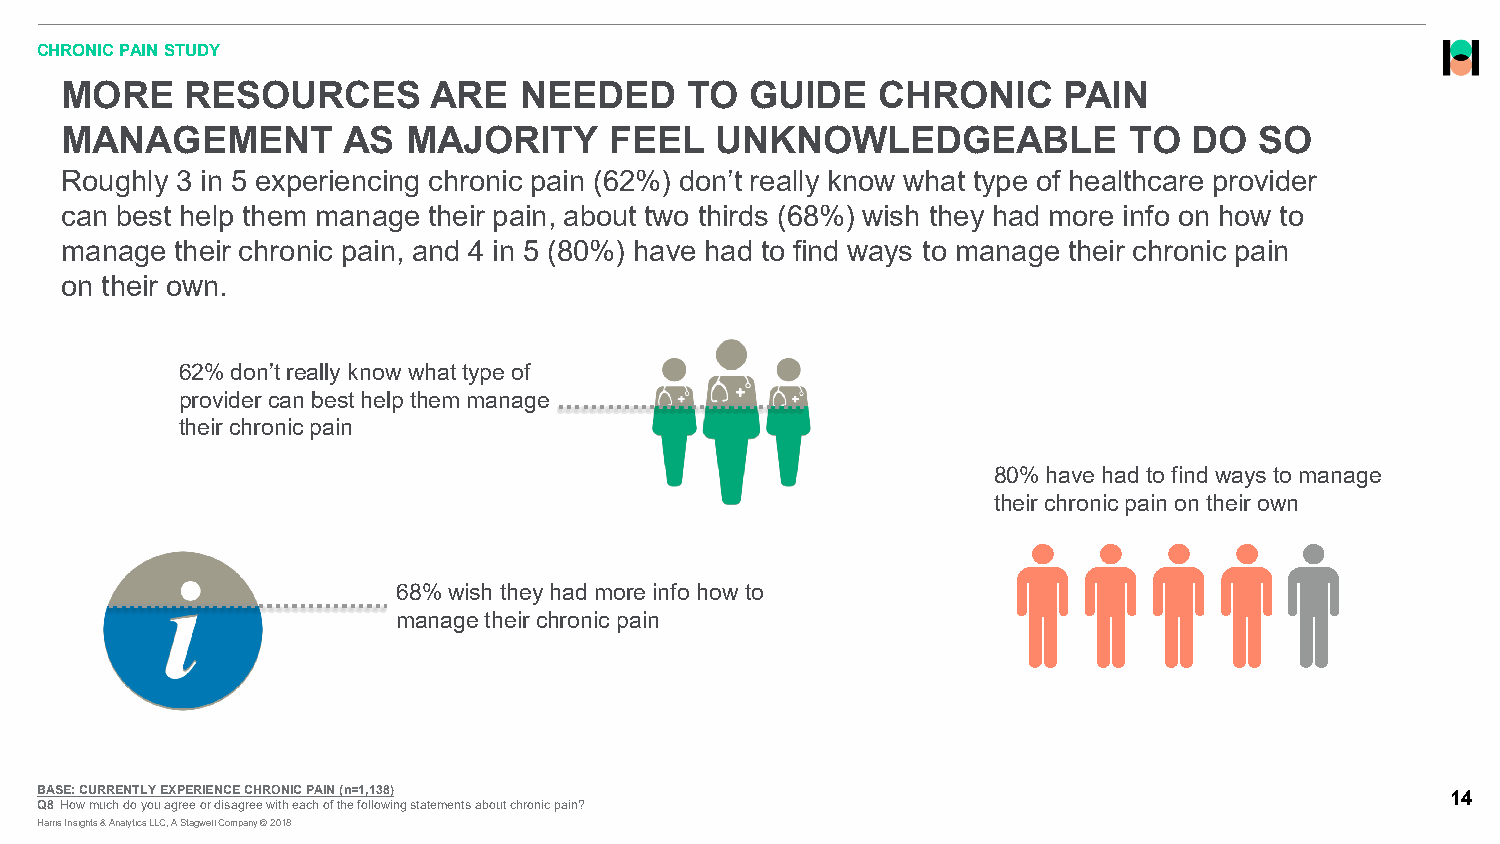
CHRONIC PAIN STUDY
 MORE    RESOURCES        ARE  NEEDED     TO   GUIDE   CHRONIC     PAIN
 MANAGEMENT         AS  MAJORITY     FEEL   UNKNOWLEDGEABLE             TO  DO  SO
 Roughly 3 in 5 experiencing chronic pain (62%) don’t really know what type of healthcare provider
 can best help them manage their pain, about two thirds (68%) wish they had more info on how to
 manage  their chronic pain, and 4 in 5 (80%) have had to find ways to manage their chronic pain
 on their own.
 62% don’t really know what type of
 provider can best help them manage
 their chronic pain
 80% have had to find ways to manage
 their chronic pain on their own
 68% wish they had more info how to
 manage their chronic pain
 BASE: CURRENTLY EXPERIENCE CHRONIC PAIN (n=1,138)                                             14
 Q8 How much do you agree or disagree with each of the following statements about chronic pain?
 Harris Insights & Analytics LLC, A Stagwell Company © 2018